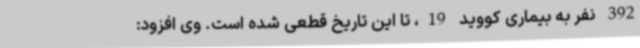
392 نفر به بیماری کووید 19، تا این تاریخ قطعی شده است. وی افزود: